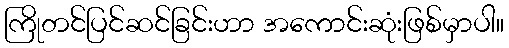
ကြိုတင်ပြင်ဆင်ခြင်းဟာ အကောင်းဆုံးဖြစ်မှာပါ။